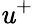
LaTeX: \mathit{u}^{+}